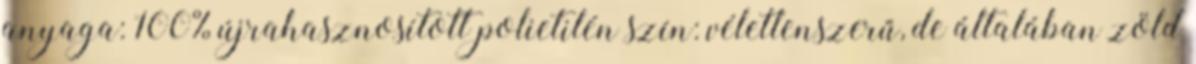
anyaga: 100% újrahasznosított polietilén szín: véletlenszerű, de általában zöld